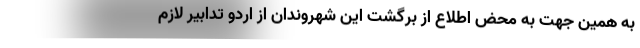
به همین جهت به محض اطلاع از برگشت این شهروندان از اردو تدابیر لازم